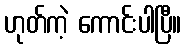
ဟုတ်ကဲ့ ကောင်းပါပြီ။